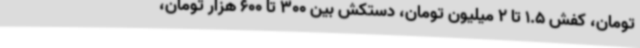
تومان، کفش 1.5 تا 2 میلیون تومان، دستکش بین 300 تا 600 هزار تومان،